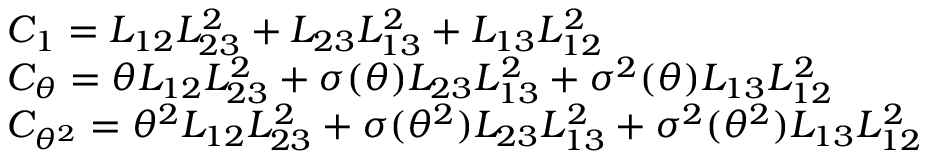
\begin{array} { r l } & { C _ { 1 } = L _ { 1 2 } L _ { 2 3 } ^ { 2 } + L _ { 2 3 } L _ { 1 3 } ^ { 2 } + L _ { 1 3 } L _ { 1 2 } ^ { 2 } } \\ & { C _ { \theta } = \theta L _ { 1 2 } L _ { 2 3 } ^ { 2 } + \sigma ( \theta ) L _ { 2 3 } L _ { 1 3 } ^ { 2 } + \sigma ^ { 2 } ( \theta ) L _ { 1 3 } L _ { 1 2 } ^ { 2 } } \\ & { C _ { \theta ^ { 2 } } = \theta ^ { 2 } L _ { 1 2 } L _ { 2 3 } ^ { 2 } + \sigma ( \theta ^ { 2 } ) L _ { 2 3 } L _ { 1 3 } ^ { 2 } + \sigma ^ { 2 } ( \theta ^ { 2 } ) L _ { 1 3 } L _ { 1 2 } ^ { 2 } } \end{array}